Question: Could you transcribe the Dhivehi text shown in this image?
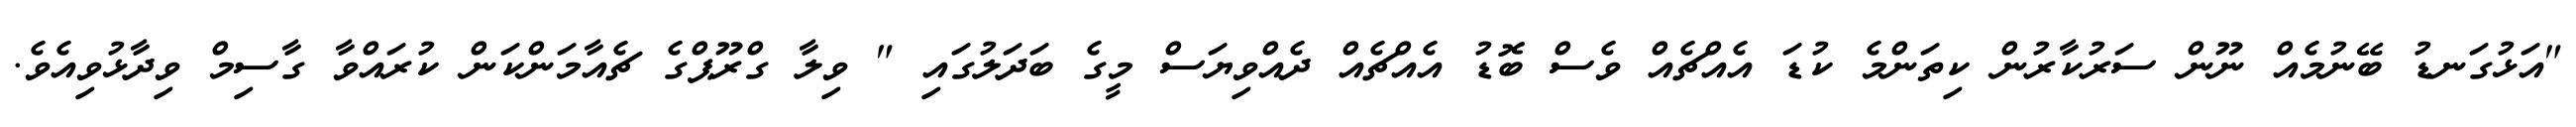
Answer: "އަޅުގަނޑު ބޭނުމެއް ނޫން ސަރުކާރުން ކިތަންމެ ކުޑަ އެއްޗެއް ވެސް ބޮޑު އެއްޗެއް ދެއްވިޔަސް މީގެ ބަދަލުގައި " ވިލާ ގްރޫޕްގެ ޗެއާމަންކަން ކުރައްވާ ގާސިމް ވިދާޅުވިއެވެ.